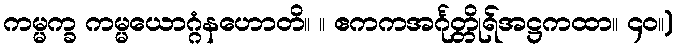
ကမ္မက္ခ ကမ္မယောဂ္ဂံနဟောတိ။ ။ ဧကကအင်္ဂုတ္တိုရ်အဋ္ဌကထာ။ ၄၀။)